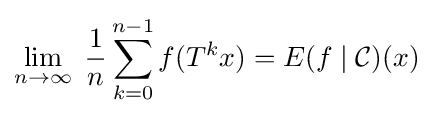
\lim _{n\rightarrow \infty }\;{\frac {1}{n}}\sum _{k=0}^{n-1}f(T^{k}x)=E(f\mid {\mathcal {C}})(x)